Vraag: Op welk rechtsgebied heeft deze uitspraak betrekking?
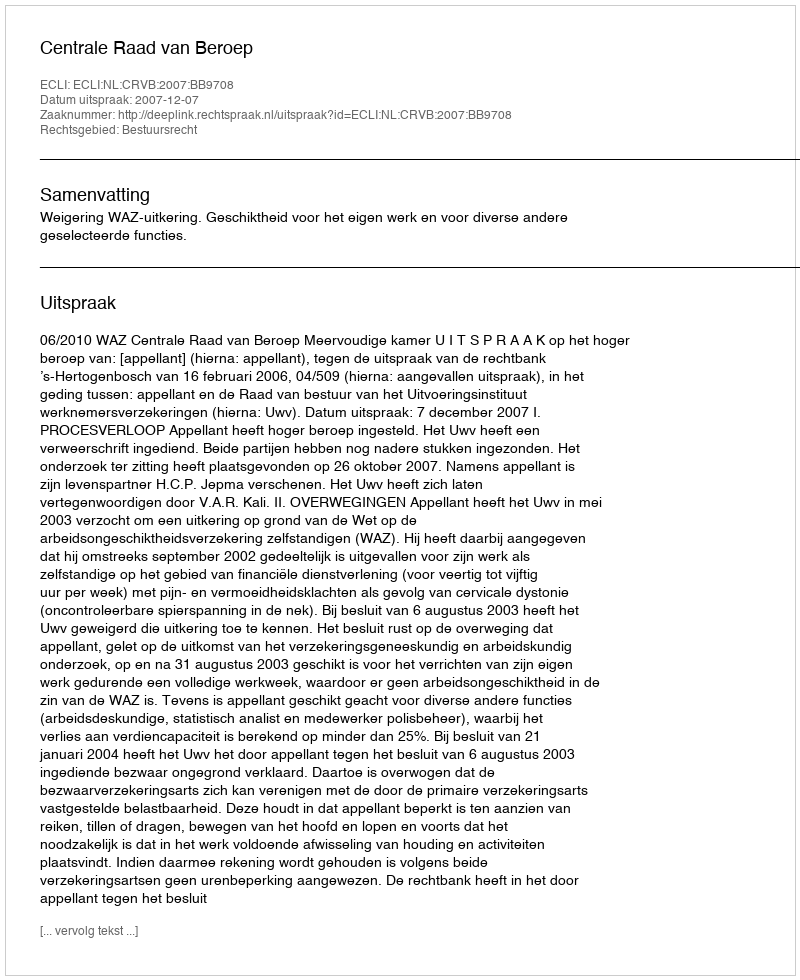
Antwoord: Bestuursrecht